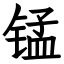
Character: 锰